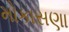
મોકાસણા